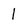
Character: 1